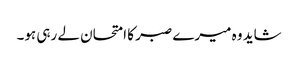
شاید وہ میرے صبر کا امتحان لے رہی ہو۔